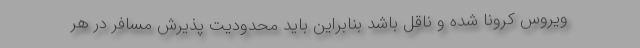
ویروس کرونا شده و ناقل باشد بنابراین باید محدودیت پذیرش مسافر در هر